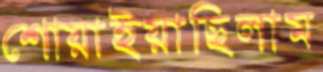
শোয়াইয়াছিলাম